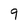
Character: 9